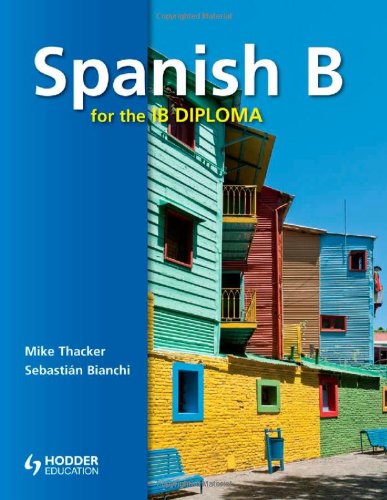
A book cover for Spanish B for the IB Diploma  (Spanish Edition); Mike Thacker; Teen & Young Adult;